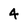
Character: 4